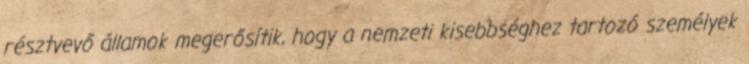
résztvevő államok megerősítik, hogy a nemzeti kisebbséghez tartozó személyek